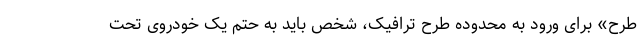
طرح» برای ورود به محدوده طرح ترافیک، شخص باید به حتم یک خودروی تحت